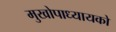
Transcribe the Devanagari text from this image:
मुखोपाध्यायको